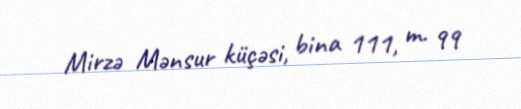
Mirzə Mənsur küçəsi, bina 111, m. 99